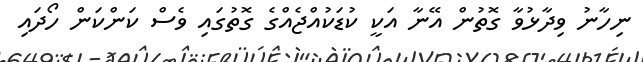
ނިހާނު ވިދާޅުވާ ގޮތުން އޭނާ އަކީ ކުޑަކުއްޖެއްގެ ގޮތުގައި ވެސް ކަންކަން ހޯދައި